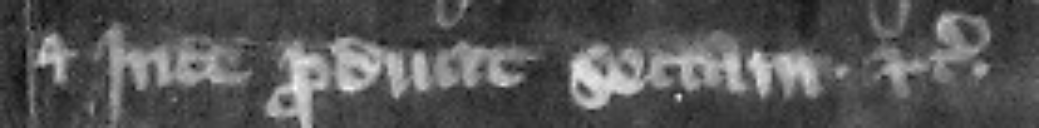
Et inde producit sectam etc.